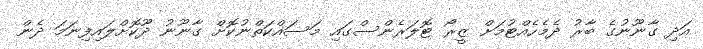
އަދި ގާނޫނުގެ ބާރު ދެމެހެއްޓުމަށް ޒީރޯ ޓޮލަރެންސްގައި މަސައްކަތްނުކޮށް ގާނޫނު ދޫކޮށްލައިފިނަމަ ދެން